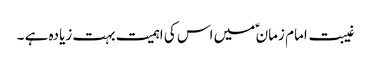
غیبت امام زمان ؑ میں اس کی اہمیت بہت زیادہ ہے ۔